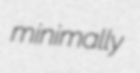
minimally